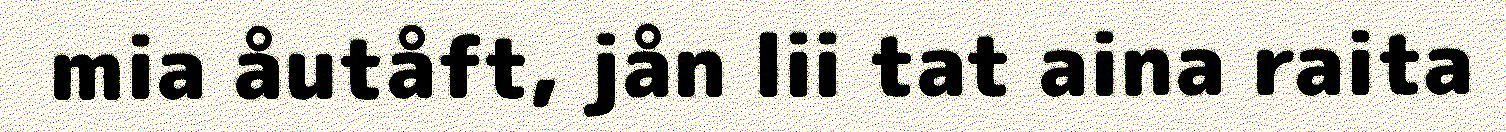
mia åutåft, jån lii tat aina raita